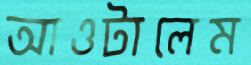
আওটালেম